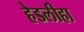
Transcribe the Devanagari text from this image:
हेडलीहा